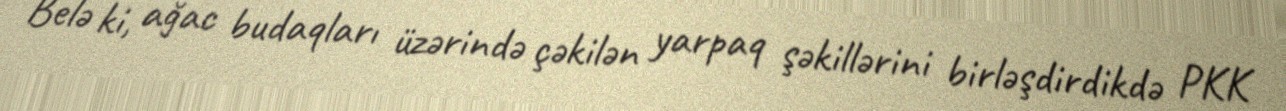
Belə ki, ağac budaqları üzərində çəkilən yarpaq şəkillərini birləşdirdikdə PKK